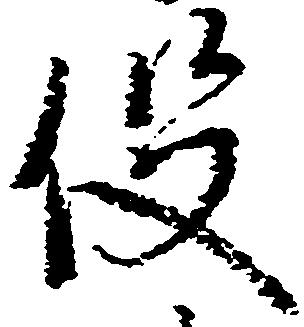
役